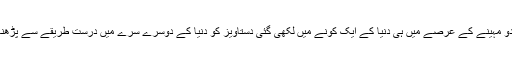
اور صرف دو مہینے کے عرصے میں ہی دنیا کے ایک کونے میں لکھی گئی دستاویز کو دنیا کے دوسرے سرے میں درست طریقے سے پڑھنا مشکل ہے۔